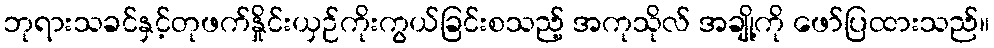
ဘုရားသခင်နှင့်တုဖက်နှိုင်းယှဉ်ကိုးကွယ်ခြင်းစသည့် အကုသိုလ် အချို့ကို ဖော်ပြထားသည်။